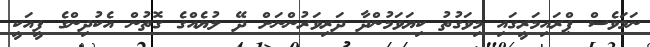
ނަމަވެސް ޕްރައިމަރީގައި މިވަގުތު ކިޔަވަމުންދާ ދަރިވަރުންނަށް ދޭ ލުޔެއްގެ ގޮތުން އެކުދިންގެ ފީއަކީ